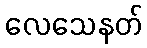
လေသေနတ်